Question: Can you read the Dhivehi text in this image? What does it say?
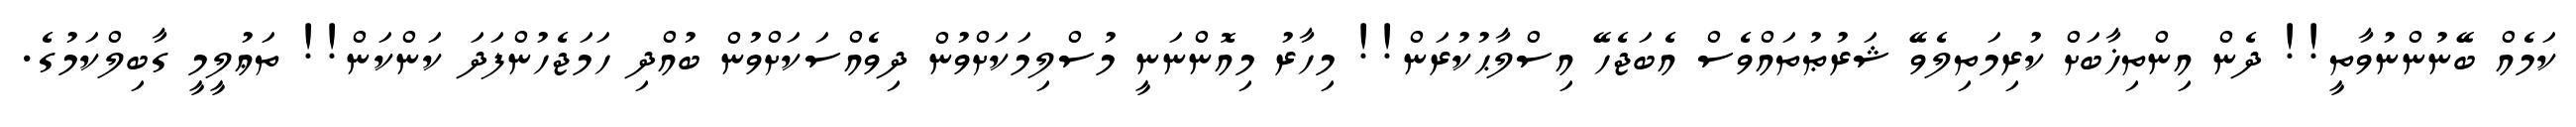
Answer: ކަމެއް ބޭނުންނުވާތީ!! ދެން އިންތިޚާބަށް ކުރިމަތިލެވޭ ޝަރުޠުތައްވެސް އެބަޖެހޭ އިސްލާޙުކުރަން!! މިހާރު މިއޮންނަނީ މުސްލިމަކަށްވުން ދިވެއްސަކަށްވުން ބުއްދި ހަމަޖެހުންފަދަ ކަންކަން!! ތަޢުލީމީ ގާބިލްކަމުގެ.